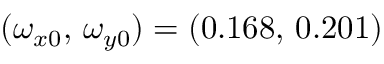
( \omega _ { x 0 } , \, \omega _ { y 0 } ) = ( 0 . 1 6 8 , \, 0 . 2 0 1 )